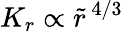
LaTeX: K_{r}\propto\tilde{r}^{\, 4/3}